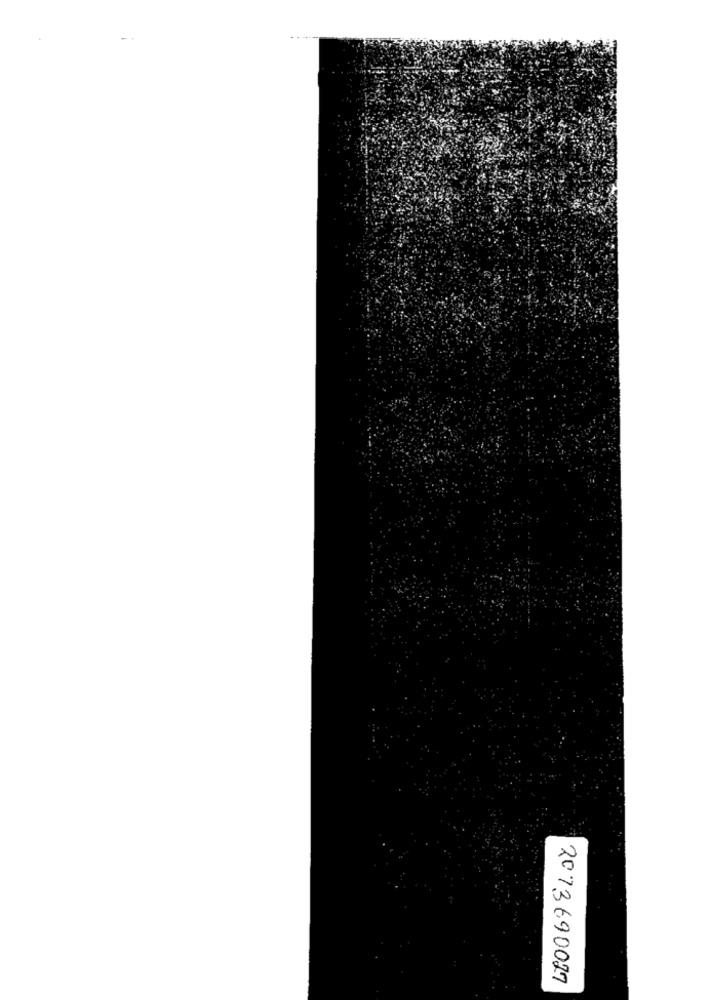
2073690027